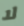
لا